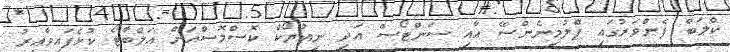
ކްލަބް ފެންވަރުގައި ފްލުމިނެންސޭ އާއި ސަންޓޯސް އަދި ނިއުޔޯކް ކޮސްމޮސްއަށް އަލްބާޓޯ ކުޅެފައިވާއިރު